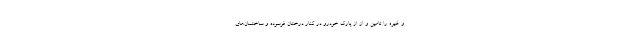
و غیره را تامین و از از پارک خودرو در کنار درختان فرسوده و ساختمان‌های